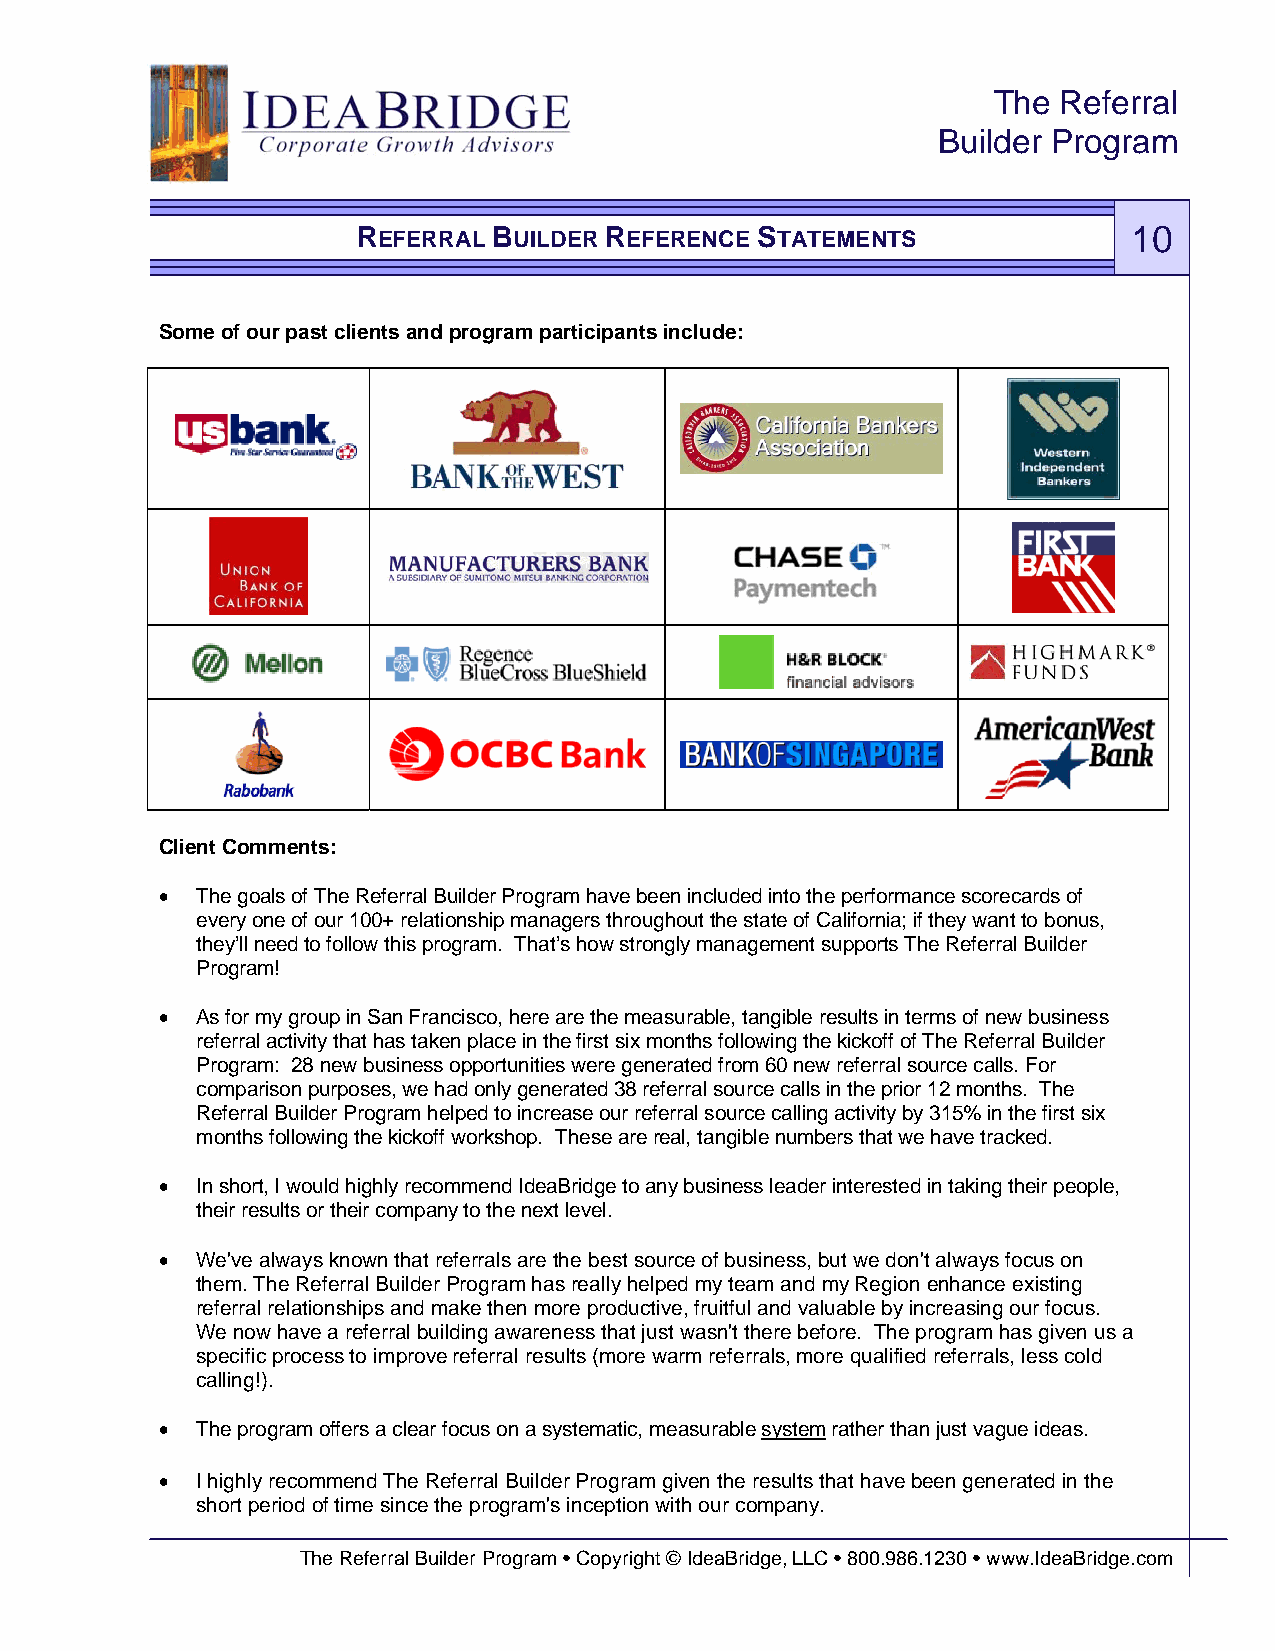
The Referral
 Builder Program
 REFERRAL BUILDER REFERENCE STATEMENTS              10
 Some of our past clients and program participants include:
 Client Comments:
 • The goals of The Referral Builder Program have been included into the performance scorecards of
 every one of our 100+ relationship managers throughout the state of California; if they want to bonus,
 they’ll need to follow this program. That’s how strongly management supports The Referral Builder
 Program!
 • As for my group in San Francisco, here are the measurable, tangible results in terms of new business
 referral activity that has taken place in the first six months following the kickoff of The Referral Builder
 Program: 28 new business opportunities were generated from 60 new referral source calls. For
 comparison purposes, we had only generated 38 referral source calls in the prior 12 months. The
 Referral Builder Program helped to increase our referral source calling activity by 315% in the first six
 months following the kickoff workshop. These are real, tangible numbers that we have tracked.
 • In short, I would highly recommend IdeaBridge to any business leader interested in taking their people,
 their results or their company to the next level.
 • We've always known that referrals are the best source of business, but we don't always focus on
 them. The Referral Builder Program has really helped my team and my Region enhance existing
 referral relationships and make then more productive, fruitful and valuable by increasing our focus.
 We now have a referral building awareness that just wasn't there before. The program has given us a
 specific process to improve referral results (more warm referrals, more qualified referrals, less cold
 calling!).
 • The program offers a clear focus on a systematic, measurable system rather than just vague ideas.
 • I highly recommend The Referral Builder Program given the results that have been generated in the
 short period of time since the program's inception with our company.
 The Referral Builder Program • Copyright © IdeaBridge, LLC • 800.986.1230 • www.IdeaBridge.com